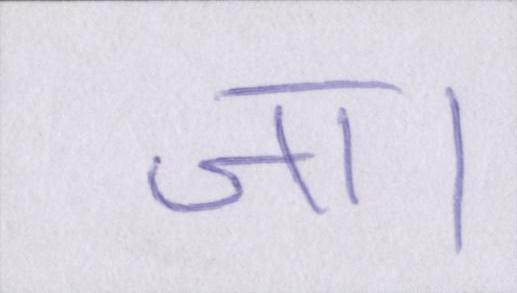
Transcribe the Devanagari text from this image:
जा।